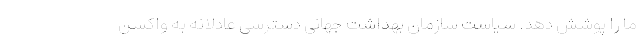
ما را پوشش دهد. سیاست سازمان بهداشت جهانی دسترسی عادلانه به واکسن